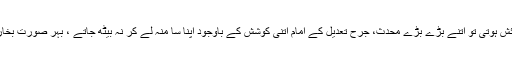
وہ اس طرح کہ بخاری ومسلم رحمہا اللہ کی احادیث میں کچھ تنقید گنجائش ہوتی تو اتنے بڑے بڑے محدِّث، جرح تعدیل کے امام اتنی کوشش کے باوجود اپنا سا منہ لے کر نہ بیٹھ جاتے ، بہر صورت بخاری ومسلم کی شان اس سے بہت بلند ہوگئی .....اور تنقید کا خاتمہ ہوگیا ۔